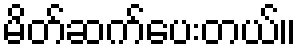
မိတ်ဆက်ပေးတယ်။